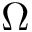
\Omega